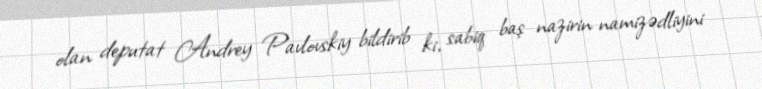
olan deputat Andrey Pavlovskiy bildirib ki, sabiq baş nazirin namizədliyini